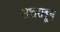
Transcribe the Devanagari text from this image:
सत्तराहून